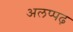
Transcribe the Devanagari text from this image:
अलप्पढ़